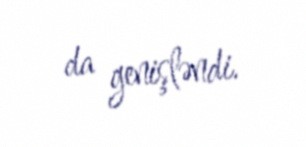
da genişləndi.